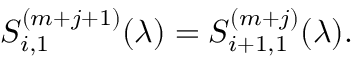
S _ { i , 1 } ^ { ( m + j + 1 ) } ( \lambda ) = S _ { i + 1 , 1 } ^ { ( m + j ) } ( \lambda ) .